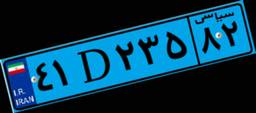
۹۹D۲۷۱۸۳